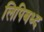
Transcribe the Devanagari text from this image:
लिपिबध्द